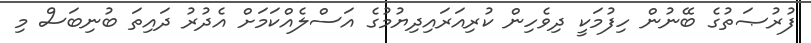
ފުރުޞަތުގެ ބޭނުން ހިފުމަކީ ދިވެހިން ކުރިއަރައިދިޔުމުގެ އަސްލެއްކަމަށް އެދުރު ދައިތަ ބުނިބަސް މި